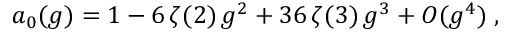
a _ { 0 } ( g ) = 1 - 6 \, \zeta ( 2 ) \, g ^ { 2 } + 3 6 \, \zeta ( 3 ) \, g ^ { 3 } + O ( g ^ { 4 } ) \; ,